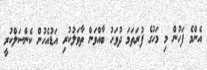
އެންމެ ފަހުން މި މަހުގެ ފުރަތަމަ ދުވަހު ބާއްވަން ތާވަލުކުރި އަޑުއެހުން ކެންސަލްކުރީ